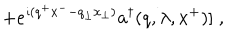
\; + e ^ { \imath ( q ^ { + } x ^ { - } - q _ { \perp } x _ { \perp } ) } a ^ { \dagger } ( q , \lambda , x ^ { + } ) ] \; ,